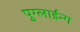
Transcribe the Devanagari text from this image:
पुग्लाईन्ग